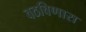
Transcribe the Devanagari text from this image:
वठविणारा